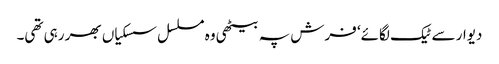
دیوار سے ٹیک لگائے‘ فرش پہ بیٹھی وہ مسلسل سسکیاں بھر رہی تھی۔